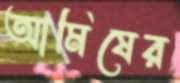
আমিষের